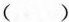
（）